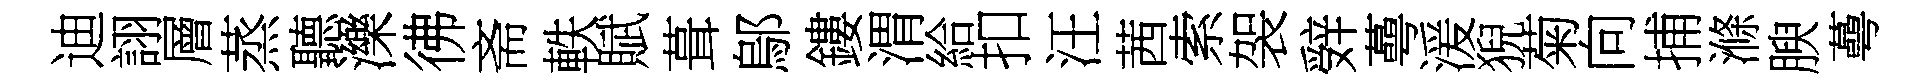
迪詡層蒸聽濼彿斋軼賦葺鄔鏤渭給扣汪茜索袈辤蕚湲猊菊向捕滌腴蕚